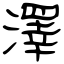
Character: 澤